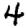
Digit: 4